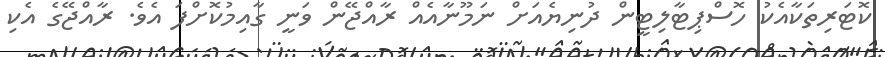
ކޮޓަރިތަކާއެކު ހޮސްޕިޓާލިޓީން ދުނިޔެއަށް ނަމޫނާއެއް ރާއްޖޭން ވަނީ ގާއިމުކޮށްފަ އެވެ. ރާއްޖޭގެ އެކި